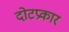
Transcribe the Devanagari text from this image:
दोटप्रकार